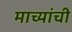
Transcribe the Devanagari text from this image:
माच्यांची